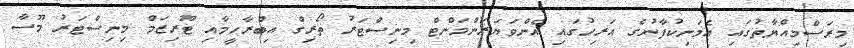
މިރަސްމިއްޔާތުގައި އެމަނިކުފާނުގެ އަރިހުގައި އެންވަޔަރަންމަންޓް މިނިސްޓަރު ތޯރިގް އިބްރާހީމާއި ޓޫރިޒަމް މިނިސްޓަރު މޫސާ